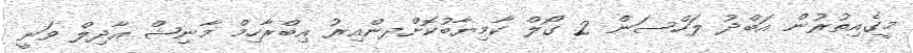
މީގެއިތުރުން އަބްދު ލަހްސަން 2 ގޯލް ކާމިޔާބުކޮށްދންއިރު އިބްރާހިމް މާނިޝް އާދިލް ވަނީ